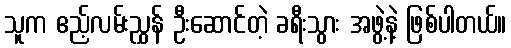
သူက ဧည့်လမ်းညွှန် ဦးဆောင်တဲ့ ခရီးသွား အဖွဲ့နဲ့ ဖြစ်ပါတယ်။